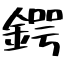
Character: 鍔